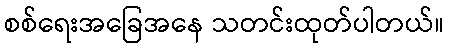
စစ်ရေးအခြေအနေ သတင်းထုတ်ပါတယ်။